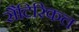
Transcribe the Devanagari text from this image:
सैटिरिकल